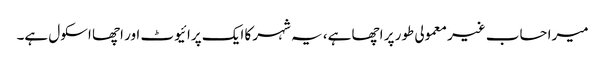
میرا حساب غیر معمولی طور پر اچھا ہے، یہ شہر کا ایک پرائیوٹ اور اچھا اسکول ہے۔